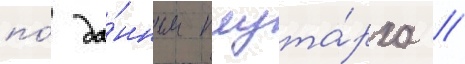
по́ да́нным плута́рха /